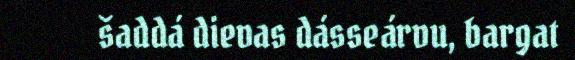
šaddá dievas dásseárvu, bargat